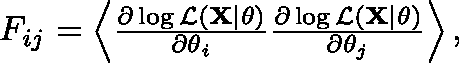
\begin{array} { r } { F _ { i j } = \left< \frac { \partial \log \mathcal { L } ( \mathbf { X } | \mathbf { \theta } ) } { \partial \theta _ { i } } \frac { \partial \log \mathcal { L } ( \mathbf { X } | \mathbf { \theta } ) } { \partial \theta _ { j } } \right> , } \end{array}